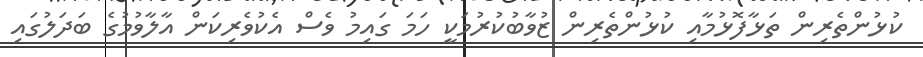
ކުޅުންތެރިން ތަޅާފޮޅުމާއި ކުޅުންތެރިން ޒުވާބުކުރުމަކީ ހަމަ ގައިމު ވެސް އެކުވެރިކަން އާލާވުމުގެ ބަދަލުގައި